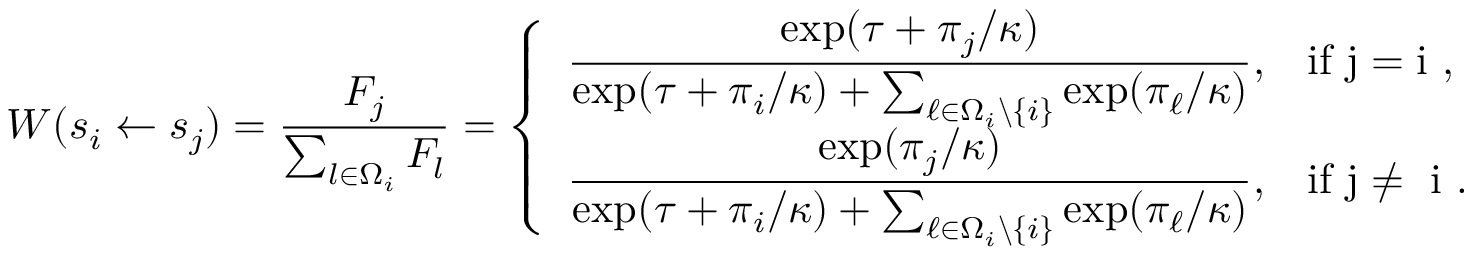
W ( s _ { i } \gets s _ { j } ) = \frac { F _ { j } } { \sum _ { l \in \Omega _ { i } } F _ { l } } = \left\{ \begin{array} { l l } { \displaystyle { \frac { \exp ( \tau + \pi _ { j } / \kappa ) } { \exp ( \tau + \pi _ { i } / \kappa ) + \sum _ { \ell \in \Omega _ { i } \backslash \{ i \} } \exp ( \pi _ { \ell } / \kappa ) } } , } & { \mathrm { i f ~ j = i ~ , } } \\ { \displaystyle { \frac { \exp ( \pi _ { j } / \kappa ) } { \exp ( \tau + \pi _ { i } / \kappa ) + \sum _ { \ell \in \Omega _ { i } \backslash \{ i \} } \exp ( \pi _ { \ell } / \kappa ) } } , } & { \mathrm { i f ~ j \neq ~ i ~ . } } \end{array} \right.